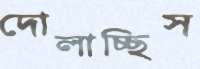
দোলাচ্ছিস